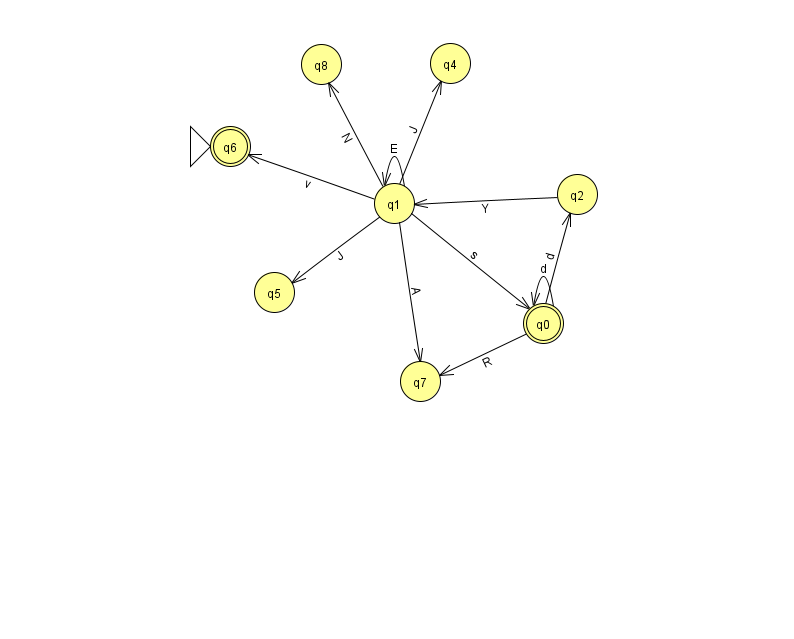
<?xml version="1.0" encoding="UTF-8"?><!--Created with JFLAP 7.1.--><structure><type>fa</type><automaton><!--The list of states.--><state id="0" name="q0"><x>543.0</x><y>310.0</y><final/></state><state id="1" name="q1"><x>394.0</x><y>190.0</y></state><state id="2" name="q2"><x>577.0</x><y>181.0</y></state><state id="4" name="q4"><x>450.0</x><y>50.0</y></state><state id="5" name="q5"><x>274.0</x><y>279.0</y></state><state id="6" name="q6"><x>230.0</x><y>133.0</y><initial/><final/></state><state id="7" name="q7"><x>420.0</x><y>368.0</y></state><state id="8" name="q8"><x>321.0</x><y>51.0</y></state><!--The list of transitions.--><transition><from>0</from><to>0</to><read>d</read></transition><transition><from>1</from><to>1</to><read>E</read></transition><transition><from>1</from><to>5</to><read>J</read></transition><transition><from>1</from><to>7</to><read>A</read></transition><transition><from>1</from><to>4</to><read>J</read></transition><transition><from>0</from><to>7</to><read>R</read></transition><transition><from>1</from><to>8</to><read>N</read></transition><transition><from>1</from><to>0</to><read>s</read></transition><transition><from>1</from><to>6</to><read>v</read></transition><transition><from>2</from><to>1</to><read>Y</read></transition><transition><from>0</from><to>2</to><read>d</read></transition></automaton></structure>